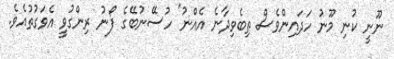
ނޫނީ ކުނި މޫނު ހަދައިންވެސް ތިބެވިދާނެ އެއްނު" ހުސޭނުބޭގެ ފޯނު ރިންގުވީ އެވަގުތުއެވެ.